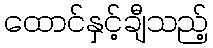
ထောင်နှင့်ချီသည့်